Lunatic asylums in Bengal annual reports 1899-1911 - 1899-1911
Year: 1899
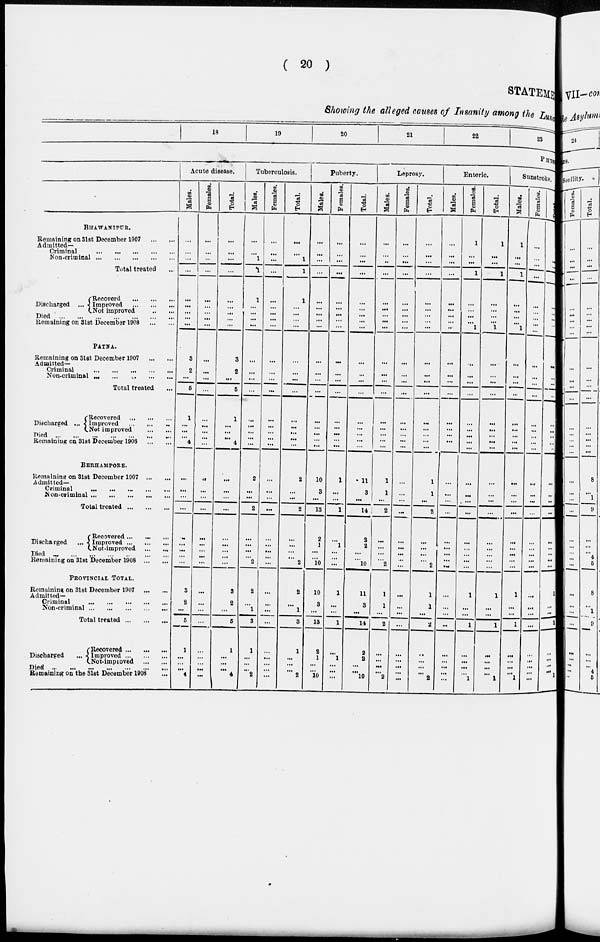
( 20 )
STATEMENT
Showing the alleged causes of Insanity among the Lunatics
18
19
20
21
22
23
PHYSICAL
BHAWANIPUR.
Remaining on 31st December 1907
...
...
Admitted¬
Criminal
...
...
...
...
...
Non-criminal...
...
...
...
...
Total treated ...
Discharged ...
Recoverd
...
...
...
Improved ... ... ...
Not improved
...
...
Died
...
...
...
...
...
...
Remaining on 31st Decembar 1908
...
...
PATNA.
Remaining on 31st December 1907
...
...
Admitted¬
Criminal
...
...
...
...
...
...
Non-criminal ... ... ... ... ... ...
Total treated ...
Discharged ...
Recovered ... ... ...
Improved
...
...
...
Not improved ... ...
Died ... ... ... ... ... ...
Remaining on 31st December 1908
BERHAMPORE.
Remaining on 31st December 1907
...
...
Admitted¬
Criminal
...
...
...
...
...
...
Non-criminal ... ... ... ... ... ...
Total treated
...
...
...
Discharged
Recovered ... ... ...
Improved
...
...
...
Not-improved ... ...
Died
...
...
...
...
...
...
Remaining on 31st December 1908 ... ...
PROVINCIAL TOTAL.
Remaining on 31st December 1907
...
...
Admitted¬
Criminal
...
...
...
...
...
...
Non-criminal ... ... ... ... ... ...
Total treated
...
...
...
Discharged
Recovered ... ... ...
Improved
...
...
...
Not-improved ... ... ...
Died
...
...
...
...
...
...
Remaining on the 31st December 1908
Acute disease.
Males.
...
...
...
...
...
...
...
...
...
3
2
...
5
1
...
...
...
4
...
...
...
...
...
...
...
...
...
3
2
...
6
1
...
...
...
4
Females.
...
...
...
...
...
...
...
...
...
...
...
...
...
...
...
...
...
...
...
...
...
...
...
...
...
...
...
...
...
...
...
...
...
...
...
...
Total.
...
...
...
...
...
...
...
...
...
3
2
...
5
1
...
...
...
4
...
...
...
...
...
...
...
...
...
3
2
...
6
1
...
...
...
4
Tuberculosis.
Males.
...
...
1
1
1
...
...
...
...
...
...
...
...
...
...
...
...
...
2
...
...
2
...
...
...
2
2
...
1
3
1
...
...
...
2
Females.
...
...
...
...
...
...
...
...
...
...
...
...
...
...
...
...
...
...
...
...
...
...
...
...
...
...
...
...
...
...
...
...
...
...
...
Total.
...
...
1
1
1
...
...
...
...
...
...
...
...
...
...
...
...
...
2
...
...
2
...
...
...
2
2
...
1
3
1
...
...
...
2
Puberty.
Males.
...
...
...
...
...
...
...
...
...
...
...
...
...
...
...
...
...
...
10
3
...
13
2
1
...
...
10
10
3
...
13
2
1
...
...
10
Females.
...
...
...
...
...
...
...
...
...
...
...
...
...
...
...
...
...
...
1
...
...
1
...
1
...
...
...
1
...
...
1
...
1
...
...
...
Total.
...
...
...
...
...
...
...
...
...
...
...
...
...
...
...
...
...
...
11
3
...
14
2
2
...
...
10
11
3
...
14
2
2
...
...
10
Leprosy.
Males.
...
...
...
...
...
...
...
...
...
...
...
...
...
...
...
...
...
...
1
1
...
2
...
...
...
... 2
1
1
...
2
...
...
...
...
2
Females.
...
...
...
...
...
...
...
...
...
...
...
...
...
...
...
...
...
...
...
...
...
...
...
...
...
...
...
...
...
...
...
...
...
...
...
...
Total.
...
...
...
...
...
...
...
...
...
...
...
...
...
...
...
...
...
...
1
1
...
2
...
...
...
...
2
1
1
...
2
...
...
...
...
2
Enteric.
Males.
...
...
...
...
...
...
...
...
...
...
...
...
...
...
...
...
...
...
...
...
...
...
...
...
...
...
...
...
...
...
...
...
...
...
...
...
Females.
1
...
...
1
...
...
...
...
1
...
...
...
...
...
...
...
...
...
...
...
...
...
...
...
...
...
...
1
...
...
1
...
...
...
...
1
Total.
1
...
...
1
...
...
...
...
1
...
...
...
...
...
...
...
...
...
...
...
...
...
...
...
...
...
...
1
...
...
1
...
...
...
...
1
Sunstroke.
Males.
1
...
...
1
...
...
...
...
1
...
...
...
...
...
...
...
...
...
...
...
...
...
...
...
...
...
...
1
...
...
1
...
...
...
...
1
Females.
...
...
...
...
...
...
...
...
...
...
...
...
...
...
...
...
...
...
...
...
...
...
...
...
...
...
...
...
...
...
...
...
...
...
...
...
Total.
1
...
...
1
...
...
...
...
1
...
...
...
...
...
...
...
...
...
...
...
...
...
...
...
...
...
...
1
...
...
1
...
...
...
...
1